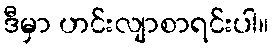
ဒီမှာ ဟင်းလျာစာရင်းပါ။